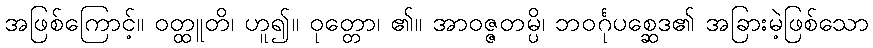
အဖြစ်ကြောင့်။ ဝတ္ထူတိ၊ ဟူ၍။ ဝုတ္တော၊ ၏။ အာဝဇ္ဇတမ္ပိ၊ ဘဝင်္ဂုပစ္ဆေဒ၏ အခြားမဲ့ဖြစ်သော